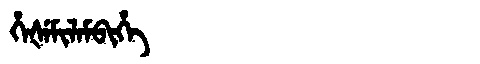
Manchu: ᡥᡝᡧᡝᠮᡳᠯᠠᠮᠪᡳᡥᡝ
Romanization: HEŠEMILAMBIHE